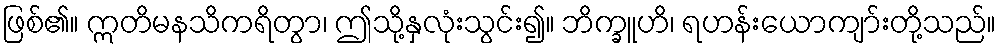
ဖြစ်၏။ ဣတိမနသိကရိတွာ၊ ဤသို့နှလုံးသွင်း၍။ ဘိက္ခူဟိ၊ ရဟန်းယောကျာ်းတို့သည်။